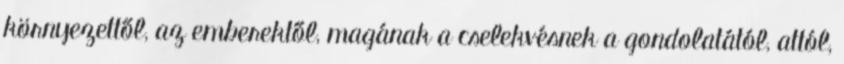
környezettől, az emberektől, magának a cselekvésnek a gondolatától, attól,